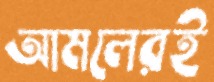
আমলেরই